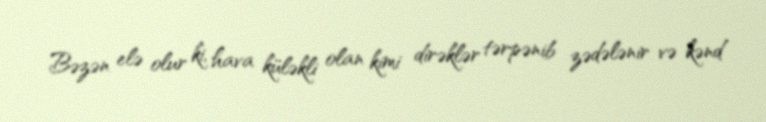
Bəzən elə olur ki, hava küləkli olan kimi dirəklər tərpənib zədələnir və kənd